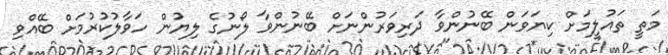
މަތީ ތައުލީމަށް ކިޔަވަން ބޭނުންވާ ދަރިވަރުންނަށް ބޭނުންވާ ލޯނުގެ ލިޔުން ހަވާލުކުރުމަށް ބޭއްވި